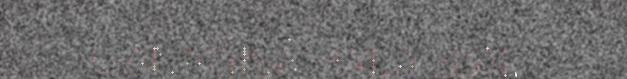
GÅNÅGISÁ HÅLADIJN.–